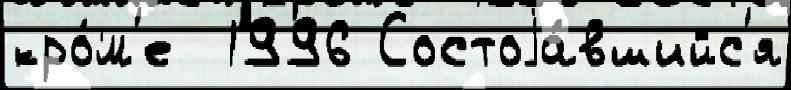
кро́м'е  1996 Состоjа́вшийс'я